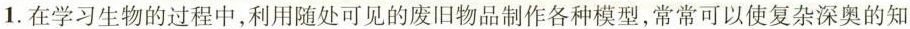
1.在学习生物的过程中，利用随处可见的废旧物品制作各种模型，常常可以使复杂深奥的知